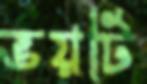
ভয়টি